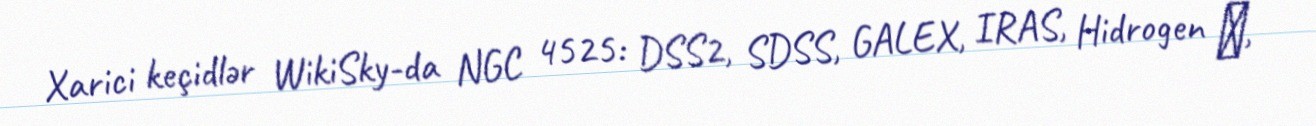
Xarici keçidlər WikiSky-da NGC 4525: DSS2, SDSS, GALEX, IRAS, Hidrogen α,